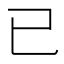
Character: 已